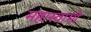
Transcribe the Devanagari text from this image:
महास्वामी